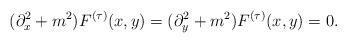
LaTeX: \begin{align*}(\partial^2_x + m^2) F^{(\tau)} (x, y) = (\partial^2_y + m^2) F^{(\tau)} (x, y) = 0 . \end{align*}